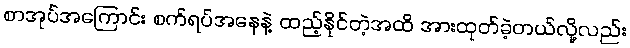
စာအုပ်အကြောင်း စက်ရပ်အနေနဲ့ ထည့်နိုင်တဲ့အထိ အားထုတ်ခဲ့တယ်လို့လည်း